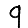
Digit: 9